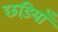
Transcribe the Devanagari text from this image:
छड़ियाँ